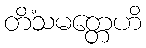
တိံသမတ္တေဟိ